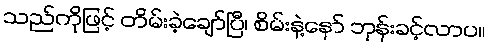
သည်ကိုဖြင့် တိမ်းခဲ့ချော်ပြီ၊ စိမ်းနဲ့နော် ဘုန်းခင့်လာပ။